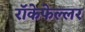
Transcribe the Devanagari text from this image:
रॉकेफेल्लर